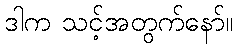
ဒါက သင့်အတွက်နော်။